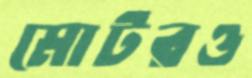
মোটরও